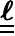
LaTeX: \boldsymbol{\underline{{\underline{{\ell}}}}}